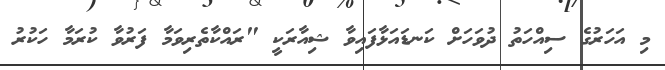
މި އަހަރުގެ ސިއްހަތު ދުވަހަށް ކަނޑައަޅާފައިވާ ޝިއާރަކީ "ރައްކާތެރިވަމާ ފަރުވާ ކުރަމާ ހަކުރު